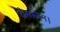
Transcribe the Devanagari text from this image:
रोसलिन।